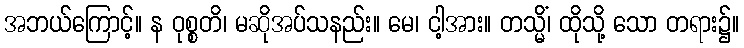
အဘယ်ကြောင့်။ န ဝုစ္စတိ၊ မဆိုအပ်သနည်း။ မေ၊ ငါ့အား။ တသ္မိံ၊ ထိုသို့ သော တရား၌။